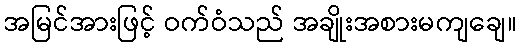
အမြင်အားဖြင့် ဝက်ဝံသည် အချိုးအစားမကျချေ။